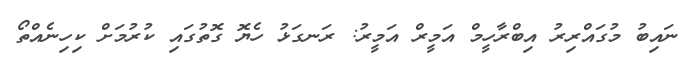
ނައިބު މުގައްރިރު އިބްރާހީމް އަމީރް އަމީރު: ރަނގަޅު ހެޔޮ ގޮތުގައި ކުރުމަށް ކިހިނެއްތޯ